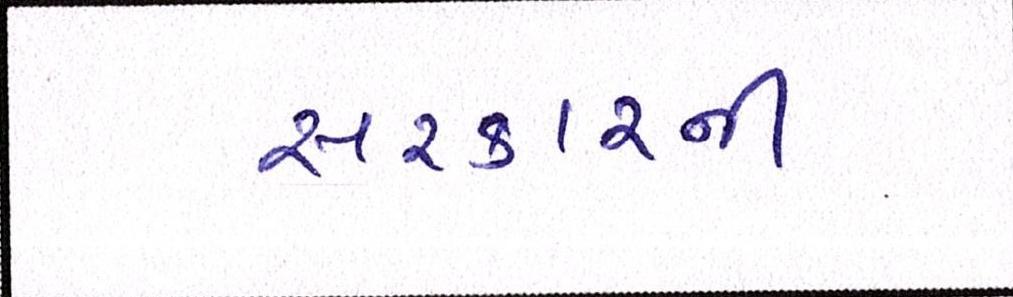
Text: સરકારની